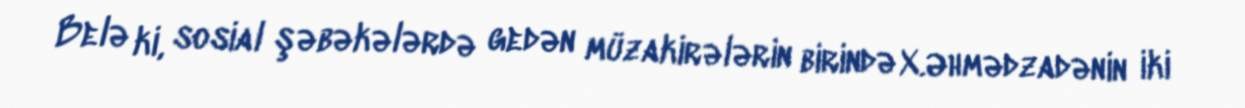
Belə ki, sosial şəbəkələrdə gedən müzakirələrin birində X.Əhmədzadənin iki